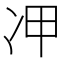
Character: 𠖹